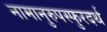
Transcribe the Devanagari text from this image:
नामानुरुपस्फुरदर्थ